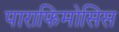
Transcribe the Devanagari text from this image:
पाराफिमोसिस